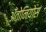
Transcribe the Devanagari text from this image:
अँतोनियोस